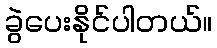
ခွဲပေးနိုင်ပါတယ်။